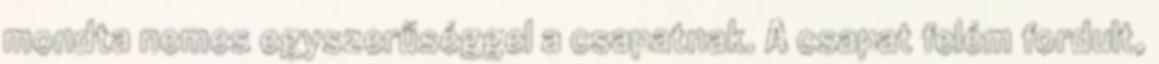
mondta nemes egyszerűséggel a csapatnak. A csapat felém fordult,